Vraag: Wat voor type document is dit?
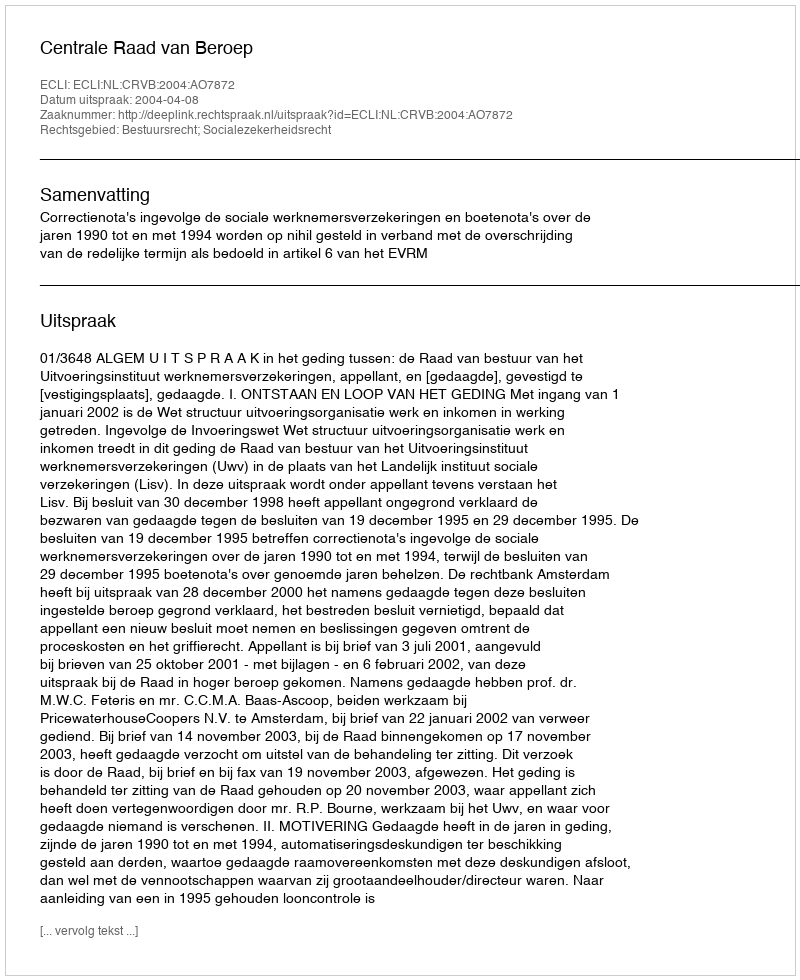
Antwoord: Uitspraak